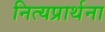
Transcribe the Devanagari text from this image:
नित्यप्रार्थना